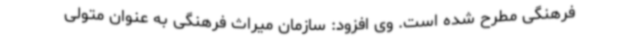
فرهنگی مطرح شده است. وی افزود: سازمان میراث فرهنگی به عنوان متولی